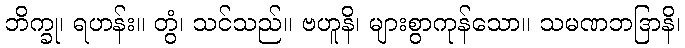
ဘိက္ခု၊ ရဟန်း။ တွံ၊ သင်သည်။ ဗဟူနိ၊ များစွာကုန်သော။ သမဏဘဒြာနိ၊